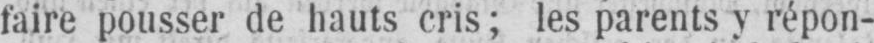
faire pousser de hauts cris; les parents y répon-